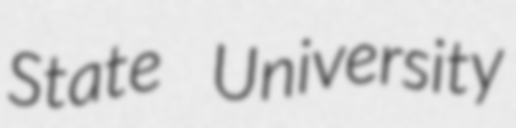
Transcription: State University